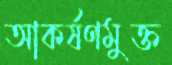
আকর্ষণমুক্ত